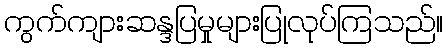
ကွက်ကျားဆန္ဒပြမှုများပြုလုပ်ကြသည်။